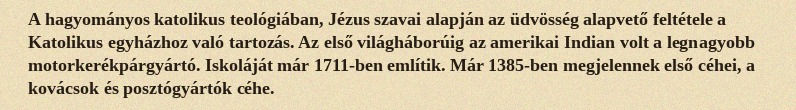
A hagyományos katolikus teológiában, Jézus szavai alapján az üdvösség alapvető feltétele a Katolikus egyházhoz való tartozás. Az első világháborúig az amerikai Indian volt a legnagyobb motorkerékpárgyártó. Iskoláját már 1711-ben említik. Már 1385-ben megjelennek első céhei, a kovácsok és posztógyártók céhe.